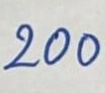
200